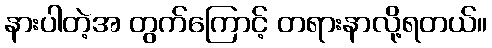
နားပါတဲ့အ တွက်ကြောင့် တရားနာလို့ရတယ်။